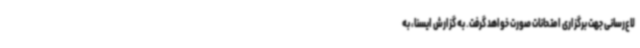
لاع‌رسانی جهت برگزاری امتحانات صورت خواهد گرفت. به گزارش ایسنا، به